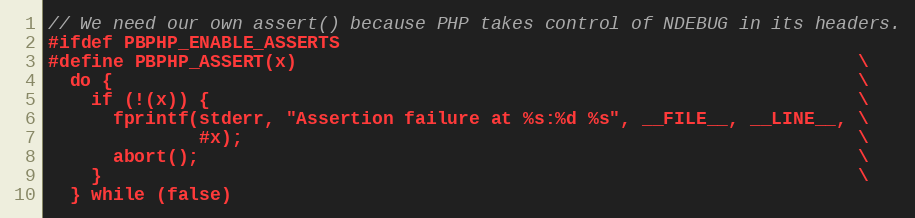
Language: C
// We need our own assert() because PHP takes control of NDEBUG in its headers.
#ifdef PBPHP_ENABLE_ASSERTS
#define PBPHP_ASSERT(x)                                                    \
  do {                                                                     \
    if (!(x)) {                                                            \
      fprintf(stderr, "Assertion failure at %s:%d %s", __FILE__, __LINE__, \
              #x);                                                         \
      abort();                                                             \
    }                                                                      \
  } while (false)